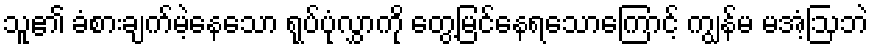
သူ၏ ခံစားချက်မဲ့နေသော ရုပ်ပုံလွှာကို တွေ့မြင်နေရသောကြောင့် ကျွန်မ မအံ့ဩဘဲ